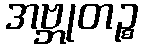
အဗ္ဘုတဉ္စ